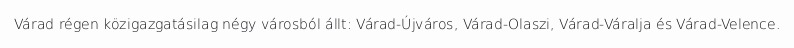
Várad régen közigazgatásilag négy városból állt: Várad-Újváros, Várad-Olaszi, Várad-Váralja és Várad-Velence.